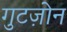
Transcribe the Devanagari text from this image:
गुटज़ोन